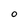
Character: O